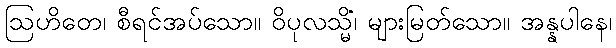
ဩဟိတေ၊ စီရင်အပ်သော။ ဝိပုလသ္မိံ၊ များမြတ်သော။ အန္နပါနေ၊